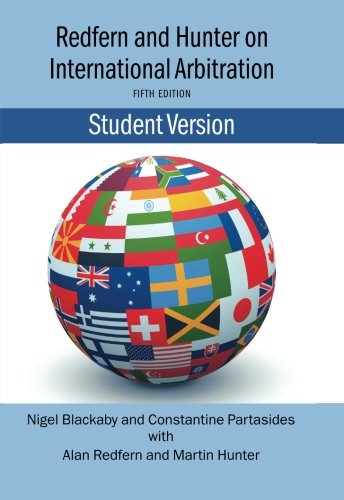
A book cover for Redfern & Hunter on International Arbitration; Nigel Blackaby; Law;